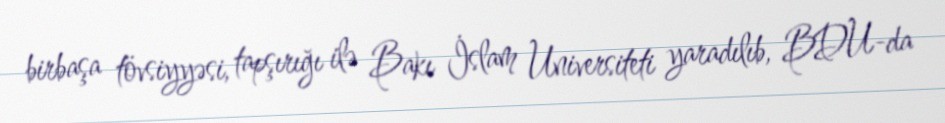
birbaşa tövsiyyəsi, tapşırığı ilə Bakı İslam Universiteti yaradılıb, BDU-da